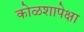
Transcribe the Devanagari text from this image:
कोळशापेक्षा